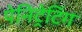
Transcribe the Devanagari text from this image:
पेनिट्रेटिंग